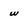
Character: w